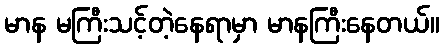
မာန မကြီးသင့်တဲ့နေရာမှာ မာနကြီးနေတယ်။